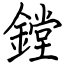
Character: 鏜